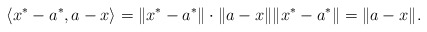
\begin{align*}\langle x^*-a^*, a-x\rangle=\|x^*-a^*\|\cdot\|a-x\|\|x^*-a^*\|=\|a-x\|.\end{align*}